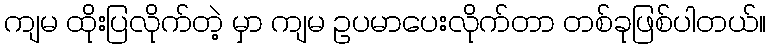
ကျမ ထိုးပြလိုက်တဲ့ မှာ ကျမ ဥပမာပေးလိုက်တာ တစ်ခုဖြစ်ပါတယ်။